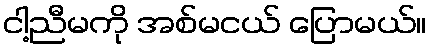
ငါ့ညီမကို အစ်မငယ် ပြောမယ်။